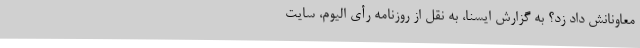
معاونانش داد زد؟ به گزارش ایسنا، به نقل از روزنامه رأی الیوم، سایت